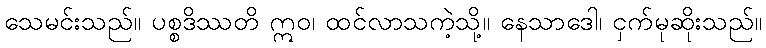
သေမင်းသည်။ ပစ္စဒိဿတိ ဣဝ၊ ထင်လာသကဲ့သို့။ နေသာဒေါ၊ ငှက်မုဆိုးသည်။